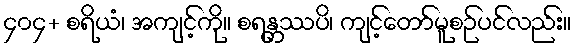
၄၀၄+ စရိယံ၊ အကျင့်ကို။ စရန္တဿပိ၊ ကျင့်တော်မူစဉ်ပင်လည်း။